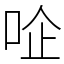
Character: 㖉